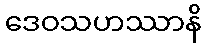
ဒေဝသဟဿာနိ